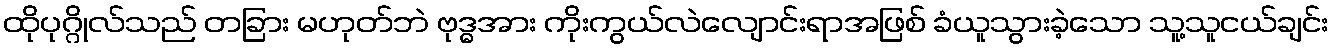
ထိုပုဂ္ဂိုလ်သည် တခြား မဟုတ်ဘဲ ဗုဒ္ဓအား ကိုးကွယ်လဲလျောင်းရာအဖြစ် ခံယူသွားခဲ့သော သူ့သူငယ်ချင်း